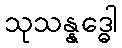
သုသန္နဒ္ဓေါ